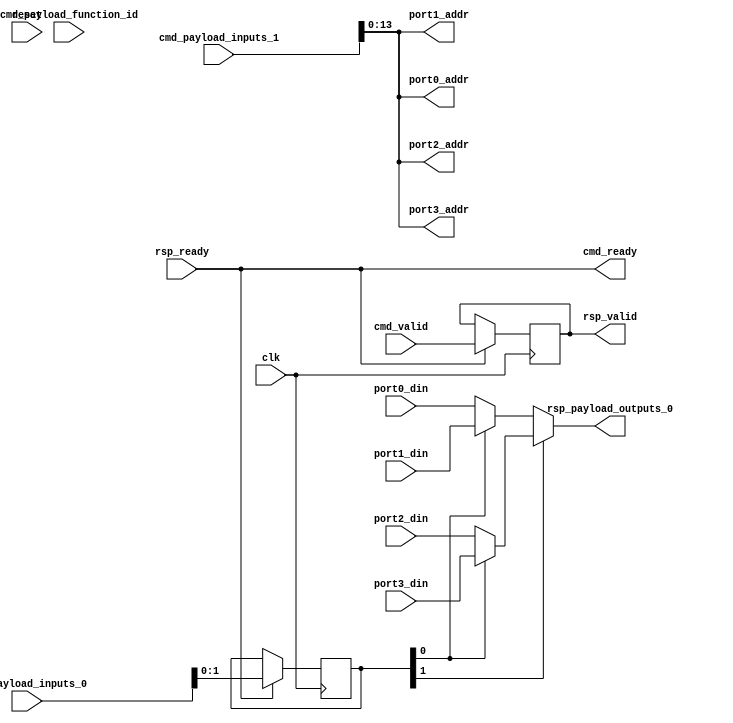
module Cfu (
  input               cmd_valid,
  output              cmd_ready,
  input      [9:0]    cmd_payload_function_id,
  input      [31:0]   cmd_payload_inputs_0,
  input      [31:0]   cmd_payload_inputs_1,
  output              rsp_valid,
  input               rsp_ready,
  output     [31:0]   rsp_payload_outputs_0,
  input               reset,
  input               clk,
  output    [13:0]    port0_addr,
  output    [13:0]    port1_addr,
  output    [13:0]    port2_addr,
  output    [13:0]    port3_addr,
  input     [31:0]    port0_din,
  input     [31:0]    port1_din,
  input     [31:0]    port2_din,
  input     [31:0]    port3_din,
);

  reg cmd_valid_delay;
  always @(posedge clk) if (rsp_ready) cmd_valid_delay <= cmd_valid;

  // one clcok latency on the memory access
  assign rsp_valid = cmd_valid_delay;
  assign cmd_ready = rsp_ready;

  // spam address to all banks
  assign port0_addr = cmd_payload_inputs_1;
  assign port1_addr = cmd_payload_inputs_1;
  assign port2_addr = cmd_payload_inputs_1;
  assign port3_addr = cmd_payload_inputs_1;

  // pick result
  reg [1:0] bank_sel;
  always @(posedge clk) if (rsp_ready) bank_sel <= cmd_payload_inputs_0;
  assign rsp_payload_outputs_0 = bank_sel[1] ? (bank_sel[0] ? port3_din : port2_din)
                                             : (bank_sel[0] ? port1_din : port0_din);


endmodule